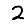
Digit: 2